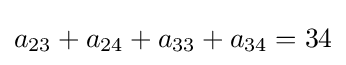
a_{23}+a_{24}+a_{33}+a_{34}=34